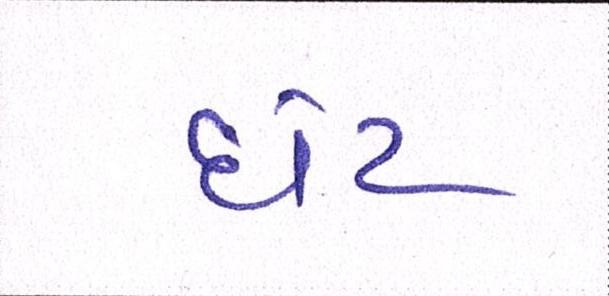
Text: ધેટ